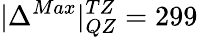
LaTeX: |{\Delta^{Max}}|_{QZ}^{TZ}=299